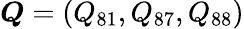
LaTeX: \boldsymbol{Q}=(Q_{81},Q_{87},Q_{88})